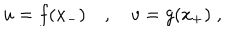
u = f ( x _ { - } ) \quad , \quad v = g ( x _ { + } ) \; ,